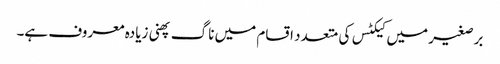
برصغیر میں کیکٹس کی متعدد اقسام میں ناگ پھنی زیادہ معروف ہے۔